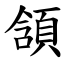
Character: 頷